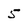
Character: 5